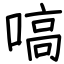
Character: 嗃